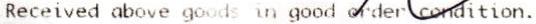
RECEIVED ABOVE GOODS IN GOOD ORDER CONDITION.